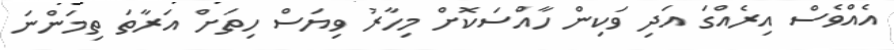
އެއްވެސް އިރެއްގަ އަދި ވަކިން ހާއްސަކޮށް މިހާރު ވިޔަސް ހިތަށް އަރާތަ ތިމަންނަ